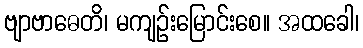
ဗျာဗာဓေတိ၊ မကျဉ်းမြောင်းစေ။ အထခေါ၊